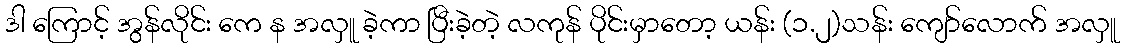
ဒါ ကြောင့် အွန်လိုင်း ကေ န အလှူ ခဲ့ကာ ပြီးခဲ့တဲ့ လကုန် ပိုင်းမှာတော့ ယန်း (၁.၂)သန်း ကျော်လောက် အလှူ